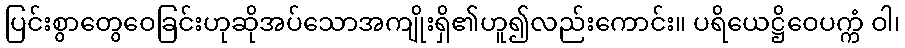
ပြင်းစွာတွေဝေခြင်းဟုဆိုအပ်သောအကျိုးရှိ၏ဟူ၍လည်းကောင်း။ ပရိယေဋ္ဌိဝေပက္ကံ ဝါ၊